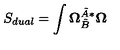
S _ { d u a l } = \int \mathbf { \Omega } _ { \tilde { B } } ^ { \tilde { A } \ast } \mathbf { \Omega }